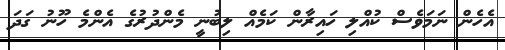
އެހެން ނަމަވެސް ކުއްލި ހައިރާން ކަމެއް ލިބުނީ މެންދުރުގެ އެންމެ ހޫނު ގަދަ